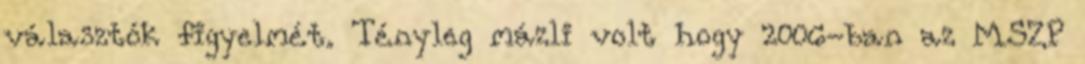
választók figyelmét. Tényleg mázli volt hogy 2006-ban az MSZP